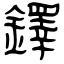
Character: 鐸